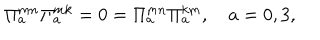
\Pi _ { a } ^ { m n } \Pi _ { a } ^ { m k } = 0 = \Pi _ { a } ^ { m n } \Pi _ { a } ^ { k m } , \quad a = 0 , 3 ,